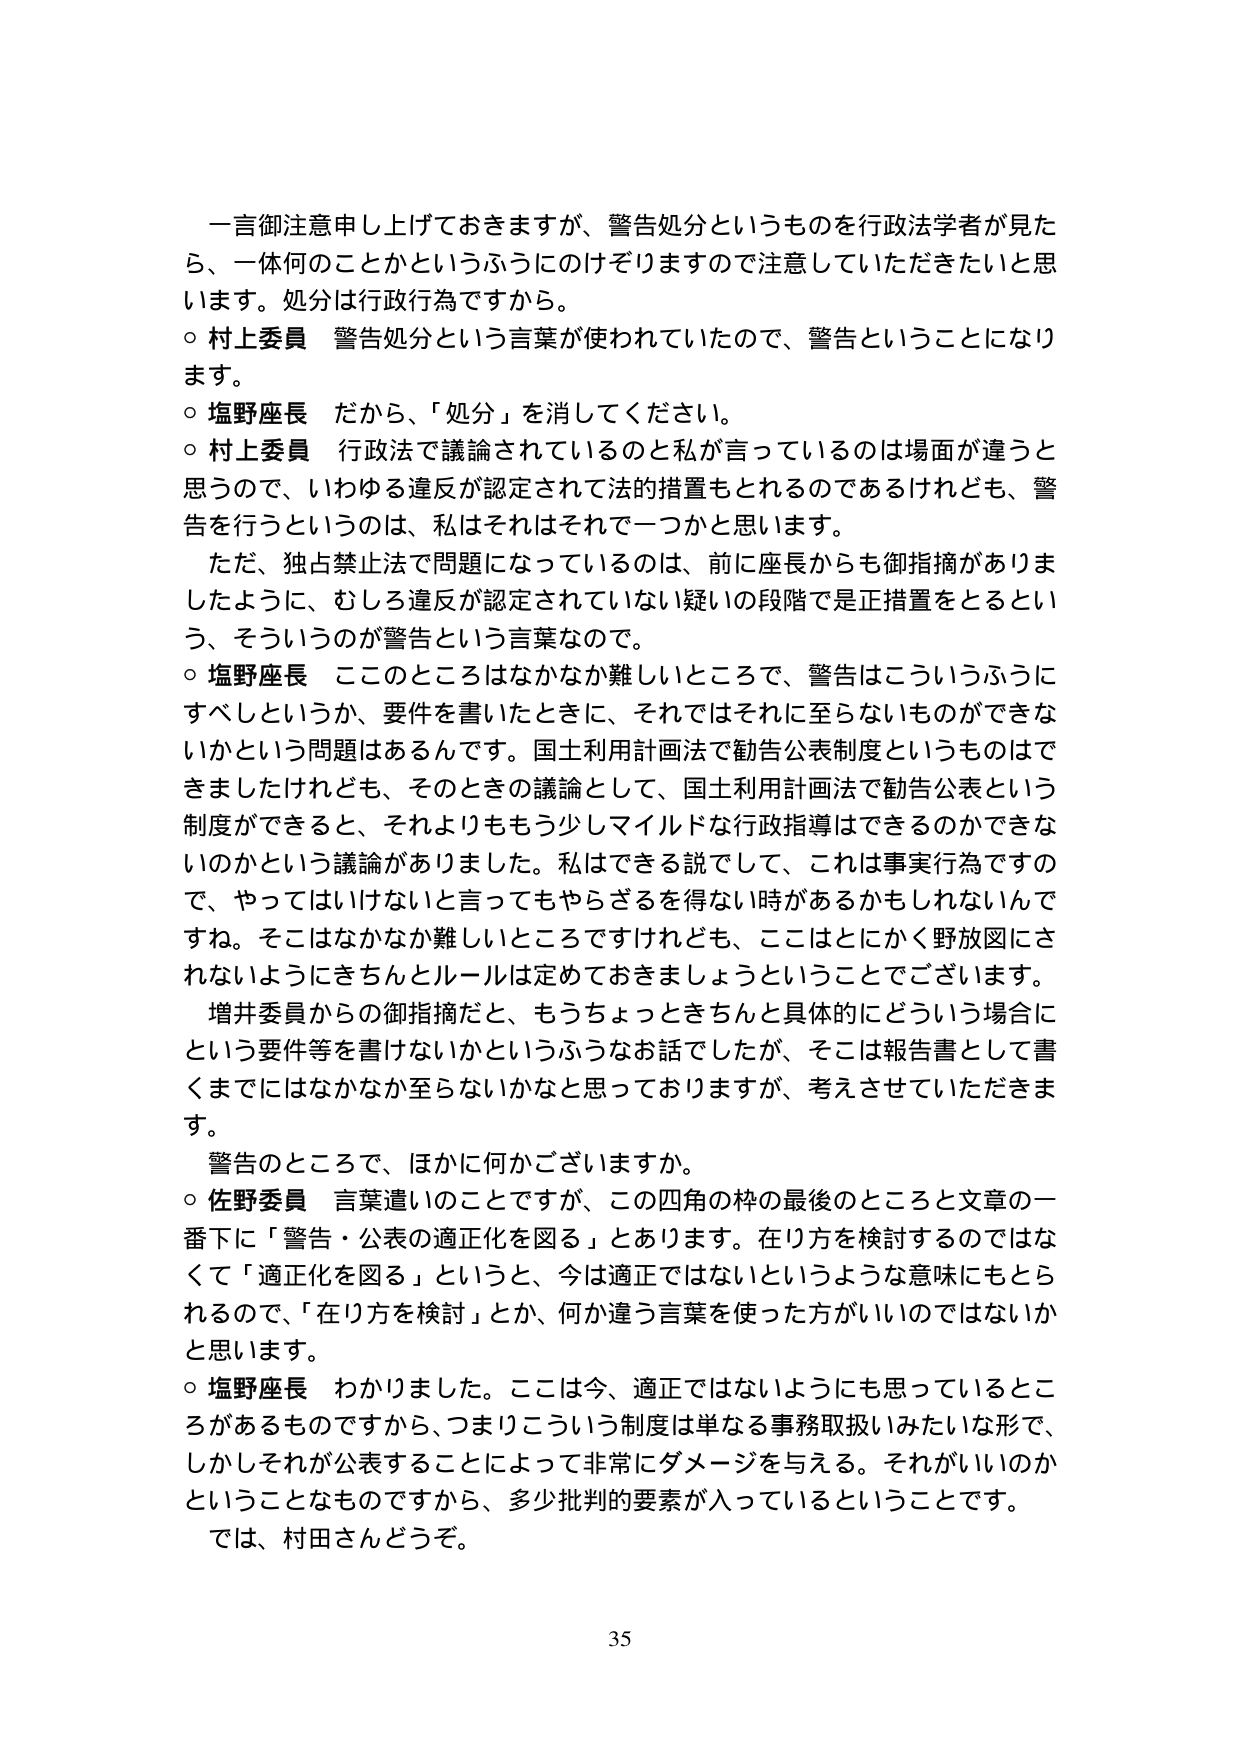
一言御注意申し上げておきますが、警告処分というものを行政法学者が見た
ら、一体何のことかというふうにのけぞりますので注意していただきたいと思
います。処分は行政行為ですから。
○ 村上委員 警告処分という言葉が使われていたので、警告ということになり
ます。
○ 塩野座長 だから、「処分」を消してください。
○ 村上委員 行政法で議論されているのと私が言っているのは場面が違うと
思うので、いわゆる違反が認定されて法的措置もとれるのであるけれども、警
告を行うというのは、私はそれはそれで一つかと思います。
　ただ、独占禁止法で問題になっているのは、前に座長からも御摘摘がありま
したように、むしろ違反が認定されていない疑いの段階で是正措置をとるとい
う、そういうのが警告という言葉なので。
○ 塩野座長 ここのところはなかなか難しいところで、警告はこういうふうに
すべしというか、要件を書いたときに、それではそれに至らないものができな
いかという問題はあるんです。国土利用計画法で勧告公表制度というものはで
きましたけれども、そのときの議論として、国土利用計画法で勧告公表という
制度ができると、それよりももう少しマイルドな行政指導はできるのかできな
いのかという議論がありました。私はできる説でして、これは事実行為ですの
で、やってはいけないと言ってもやらざるを得ない時があるかもしれないんで
すね。そこはなかなか難しいところですけれども、ここはとにかく野放図にさ
れないようにきちんとルールは定めておきましょうということでございます。
　増井委員からの御指摘だと、もうちょっときちんと具体的にどういう場合に
という要件等を書けないかというふうなお話でしたが、そこは報告書として書
くまでにはなかなか至らないかなと思っておりますが、考えさせていただきま
す。
　警告のところで、ほかに何かございますか。
○ 佐野委員 言葉遣いのことですが、この四角の枠の最後のところと文章の一
番下に「警告・公表の適正化を図る」とあります。在り方を検討するのではな
くて「適正化を図る」というと、今は適正ではないというような意味にもとら
れるので、「在り方を検討」とか、何か違う言葉を使った方がいいのではないか
と思います。
○ 塩野座長 わかりました。ここは今、適正ではないようにも思っているとこ
ろがあるものですから、つまりこういう制度は単なる事務取扱いみたいな形で、
しかしそれが公表することによって非常にダメージを与える。それがいいのか
ということなものですから、多少批判的要素が入っているということです。
　では、村田さんどうぞ。
35